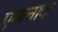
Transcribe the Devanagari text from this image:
एकचाक